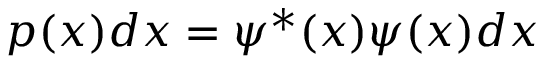
p ( x ) d x = \psi ^ { * } ( x ) \psi ( x ) d x